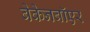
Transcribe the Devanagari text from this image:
बेकेनबॉएर